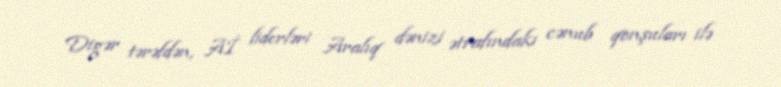
Digər tərəfdən, Aİ liderləri Aralıq dənizi ətrafındakı cənub qonşuları ilə